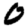
Digit: 0